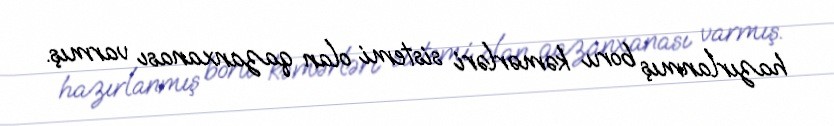
hazırlanmış boru kəmərləri sistemi olan qazanxanası varmış.